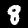
Digit: 8